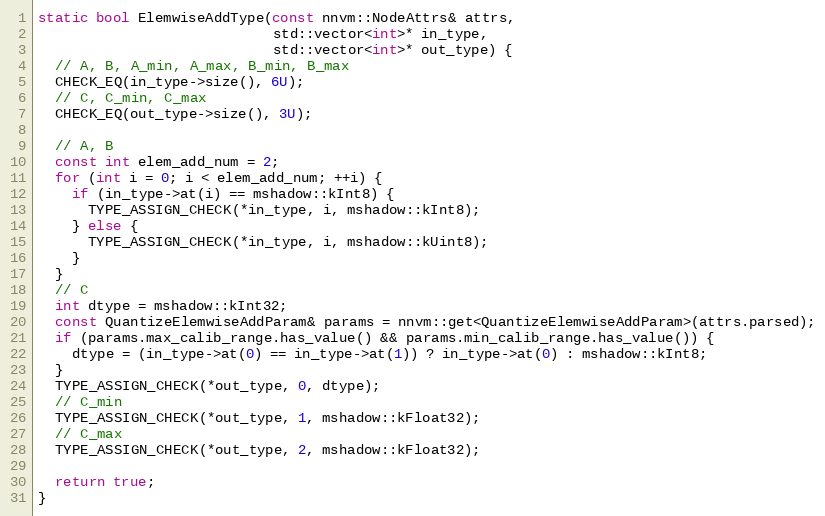
Language: C++
static bool ElemwiseAddType(const nnvm::NodeAttrs& attrs,
                            std::vector<int>* in_type,
                            std::vector<int>* out_type) {
  // A, B, A_min, A_max, B_min, B_max
  CHECK_EQ(in_type->size(), 6U);
  // C, C_min, C_max
  CHECK_EQ(out_type->size(), 3U);

  // A, B
  const int elem_add_num = 2;
  for (int i = 0; i < elem_add_num; ++i) {
    if (in_type->at(i) == mshadow::kInt8) {
      TYPE_ASSIGN_CHECK(*in_type, i, mshadow::kInt8);
    } else {
      TYPE_ASSIGN_CHECK(*in_type, i, mshadow::kUint8);
    }
  }
  // C
  int dtype = mshadow::kInt32;
  const QuantizeElemwiseAddParam& params = nnvm::get<QuantizeElemwiseAddParam>(attrs.parsed);
  if (params.max_calib_range.has_value() && params.min_calib_range.has_value()) {
    dtype = (in_type->at(0) == in_type->at(1)) ? in_type->at(0) : mshadow::kInt8;
  }
  TYPE_ASSIGN_CHECK(*out_type, 0, dtype);
  // C_min
  TYPE_ASSIGN_CHECK(*out_type, 1, mshadow::kFloat32);
  // C_max
  TYPE_ASSIGN_CHECK(*out_type, 2, mshadow::kFloat32);

  return true;
}